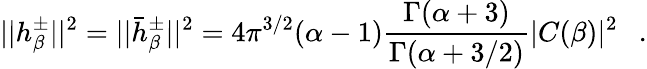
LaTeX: ||h_{\beta}^{\pm}||^{2}=||\bar{h}_{\beta}^{\pm}||^{2}=4\pi^{3/2}(\alpha-1){\frac{\Gamma(\alpha+3)}{\Gamma(\alpha+3/2)}}|C(\beta)|^{2}~~~.